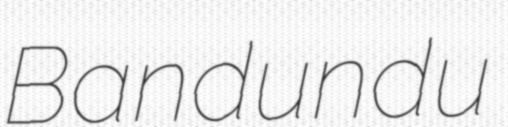
Bandundu